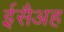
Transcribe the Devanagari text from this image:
ईसैअह